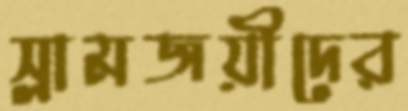
স্লামজয়ীদের